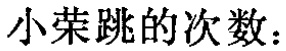
小荣跳的次数：